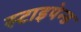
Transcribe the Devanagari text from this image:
स्टाइपेन्ड